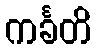
ကင်္ခတိ